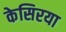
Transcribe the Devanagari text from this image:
केसिरया